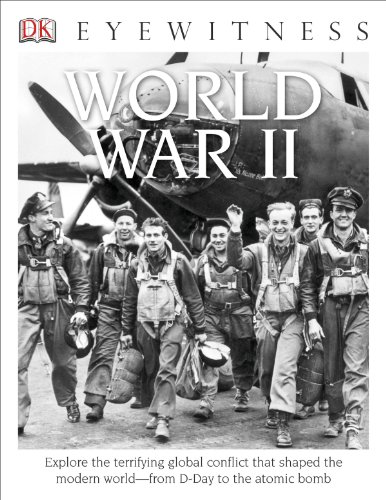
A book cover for DK Eyewitness Books: World War II; Simon Adams; Children's Books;